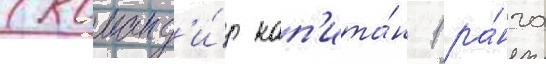
(команд'и́р кап'ита́н 1 ра́нга